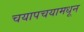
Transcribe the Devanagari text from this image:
चयापचयामधून